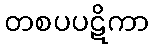
တစပပဋိကာ